Subject: cs
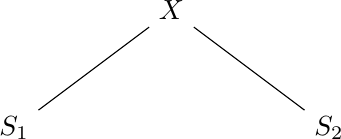
LaTeX code:
\begin{tikzpicture}
\node  {$X$}
[
level 1/.style = {sibling distance = 4cm},
level 2/.style = {sibling distance = 2cm}
]
		child {node {$S_1$}}
		child{node {$S_2$}}
	;
\end{tikzpicture}